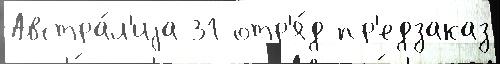
Австра́л'иjа 31 отр'я́д пр'едзаказ